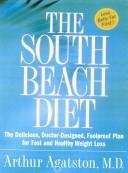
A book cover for The South Beach Diet - The Delicious, Doctor-designed, Foolproof Plan For Fast And Healthy Weight Loss; Arthur, M.D. Agatston; Health, Fitness & Dieting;